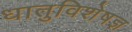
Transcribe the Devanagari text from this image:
धातुविशेषज्ञ